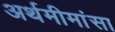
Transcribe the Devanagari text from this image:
अर्थमीमांसा